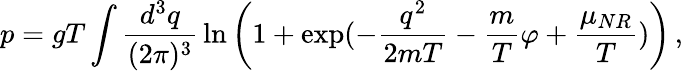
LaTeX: p=gT\int\frac{d^{3}q}{(2\pi)^{3}}\, \ln\left(1+\exp(-\frac{q^{2}}{2mT}-\frac{m}{T}\varphi+\frac{\mu_{NR}}{T})\right)\, ,